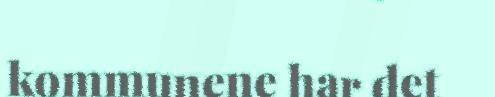
kommunene har det